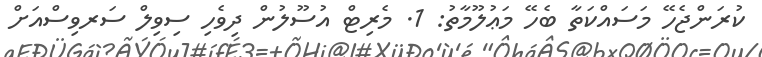
ކުރަންޖެހޭ މަސައްކަތާ ބެހޭ މަޢުލޫމާތު: 1. މެރިޓް އުސޫލުން ދިވެހި ސިވިލް ސަރވިސްއަށް